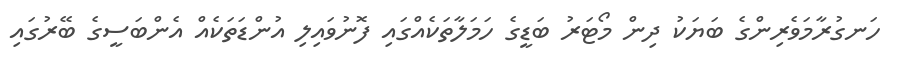
ހަނގުރާމަވެރިންގެ ބަޔަކު ދިން މޯޓަރު ބަޑީގެ ހަމަލާތަކެއްގައި ފޮނުވައިލި އުންޑަތަކެއް އެންބަސީގެ ބޭރުގައި